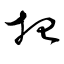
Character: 招